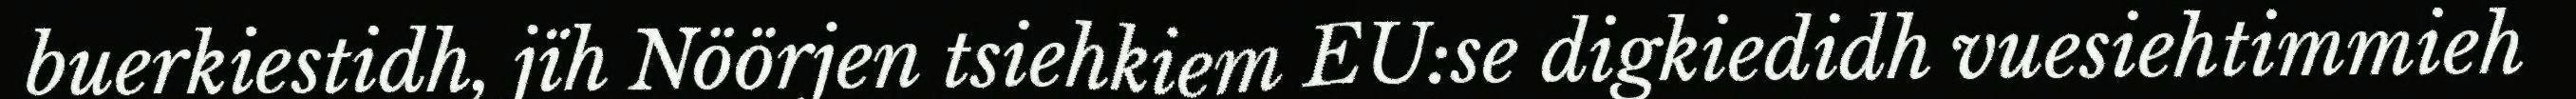
buerkiestidh, jïh Nöörjen tsiehkiem EU:se digkiedidh vuesiehtimmieh